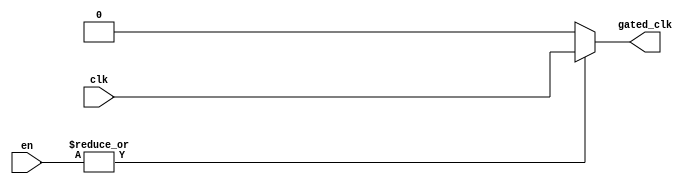
module clock_gating (
    input wire clk,               // Main clock signal
    input wire [n-1:0] en,       // Enable signals (vector of n enable signals)
    output wire gated_clk         // Gated clock output
);
    
    parameter n = 4;              // Define the number of enable signals

    // Internal signal to hold the OR result of enable signals
    wire enable_combined;

    // OR all enable signals
    assign enable_combined = |en; // Bitwise OR reduction

    // Gated clock logic
    assign gated_clk = enable_combined ? clk : 1'b0;

endmodule